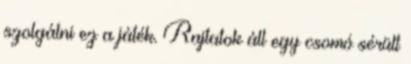
szolgálni ez a játék. Rajtatok áll egy csomó sérült